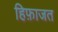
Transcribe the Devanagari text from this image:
हिफ़ाजत